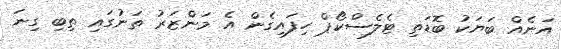
އަނެއް ބަޔަކު ބޮޑަތި ޓެލެސްކޯޕް ހިފައިގެން އެ މަންޒަރު ތަނުގައި ތިބި ގިނަ